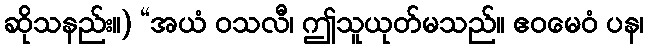
ဆိုသနည်း။) “အယံ ဝသလီ၊ ဤသူယုတ်မသည်။ ဧဝမေဝံ ပန၊